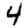
Digit: 4